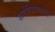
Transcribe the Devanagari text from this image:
जातीविरोधामधून